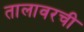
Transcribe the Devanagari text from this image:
तालावरची